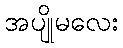
အပျိုမလေး